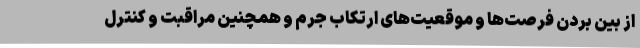
از بین بردن فرصت‌ها و موقعیت‌های ارتکاب جرم و همچنین مراقبت و کنترل